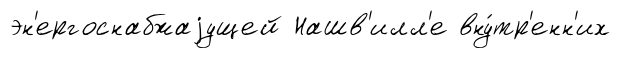
эн'ергоснабжаjущей Нашв'илл'е вну́тр'енн'их